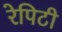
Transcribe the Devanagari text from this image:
रेपिटी